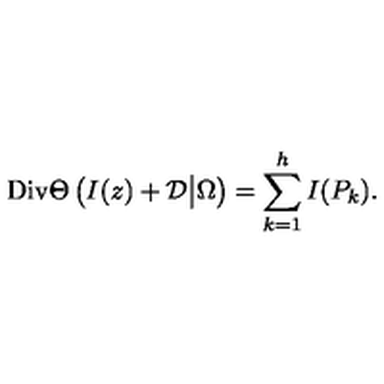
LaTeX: \mathrm { D i v } \Theta \left( I ( z ) + { \cal D } \big | \Omega \right) = \sum _ { k = 1 } ^ { h } I ( P _ { k } ) .